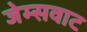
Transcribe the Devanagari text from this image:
जेम्सवाट